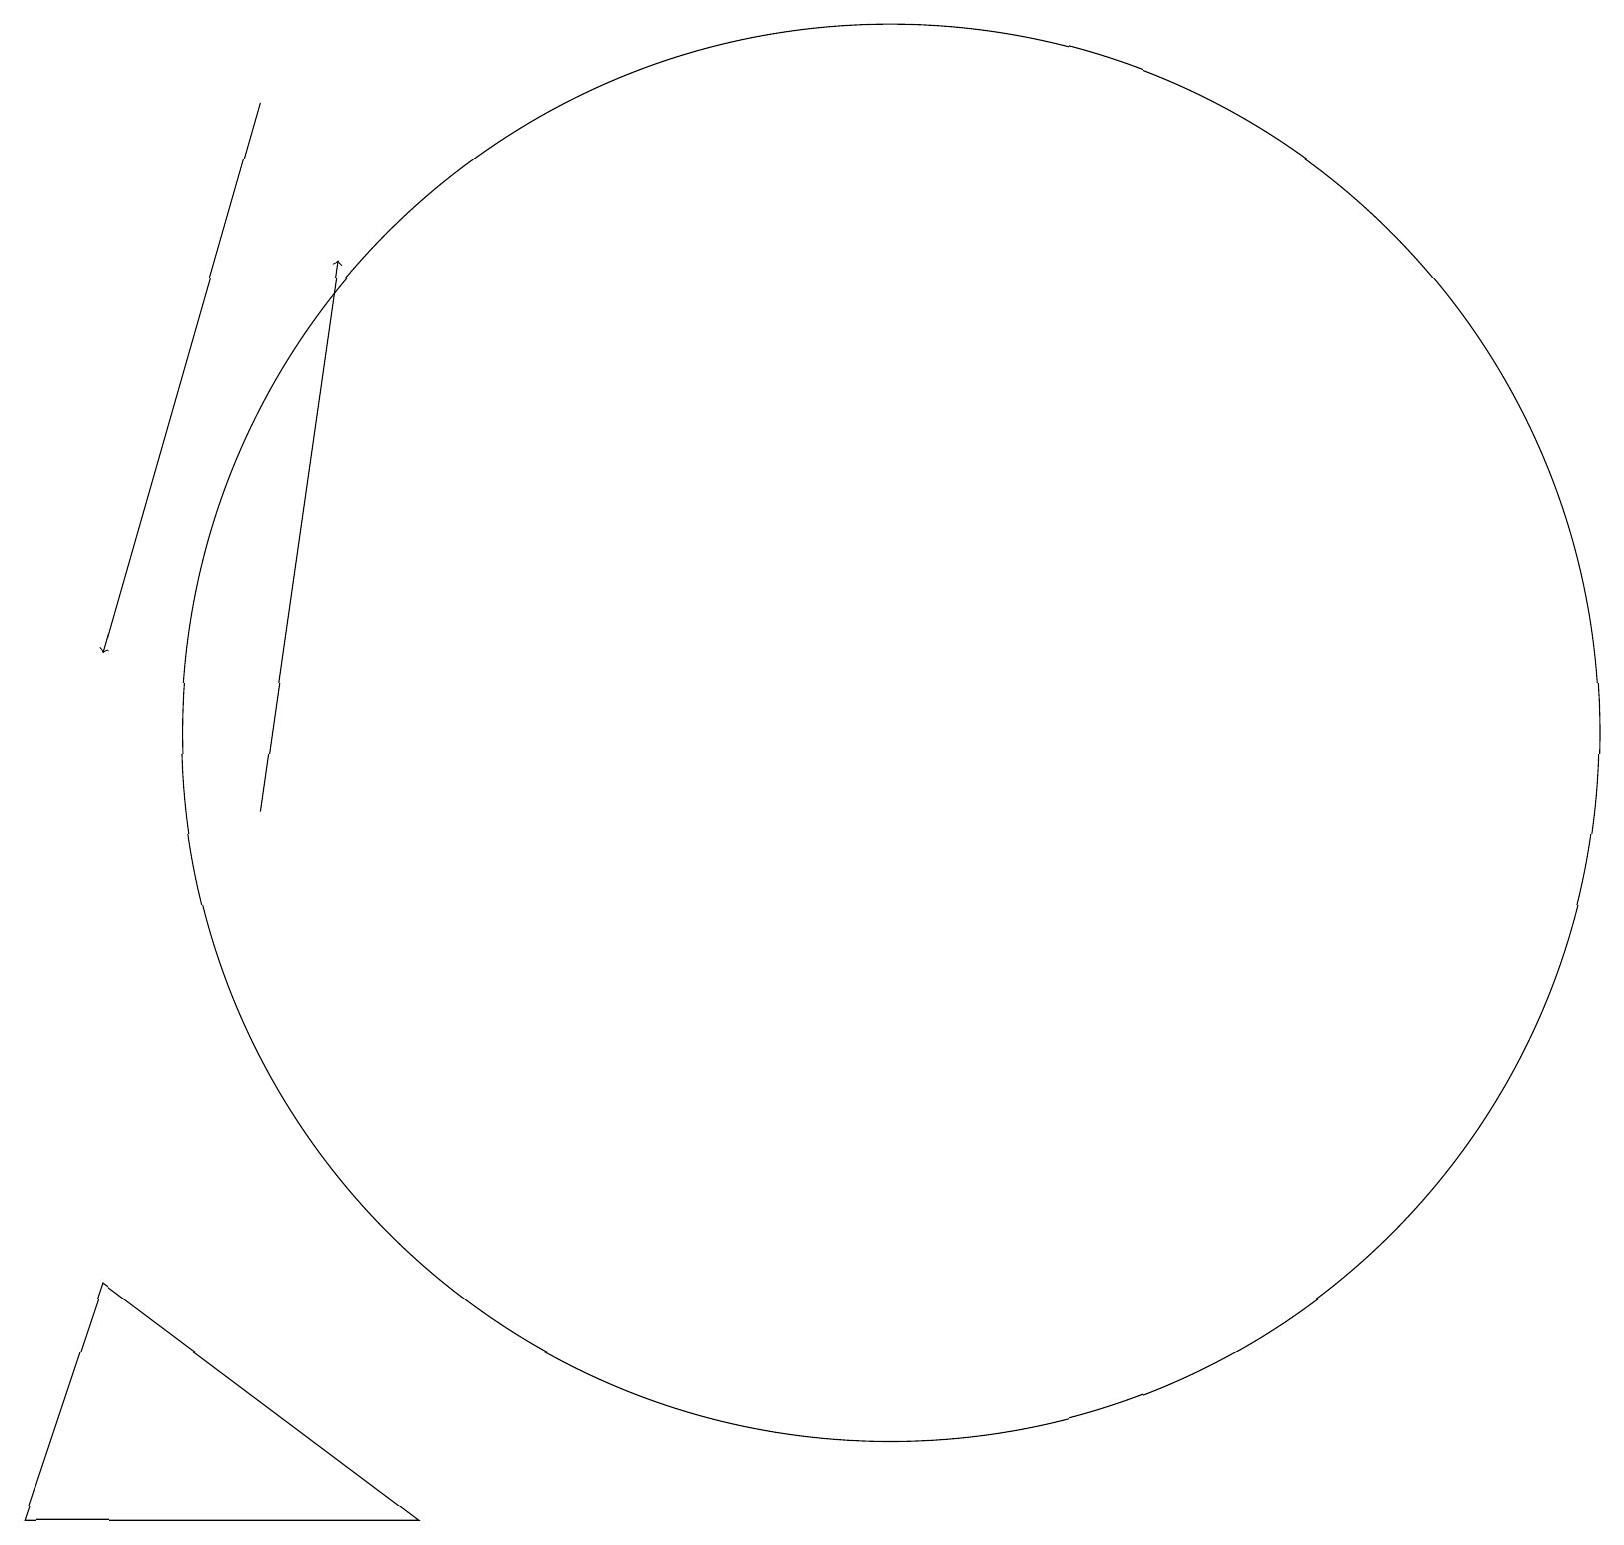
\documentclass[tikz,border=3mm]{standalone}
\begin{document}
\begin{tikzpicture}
\draw (11,11) circle (9);
\draw[->] (3,10) -- (4,17);
\draw (12,12) circle (0);
\draw (1,4) -- (5,1) -- (0,1) -- cycle;
\draw[->] (3,19) -- (1,12);
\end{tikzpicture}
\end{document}